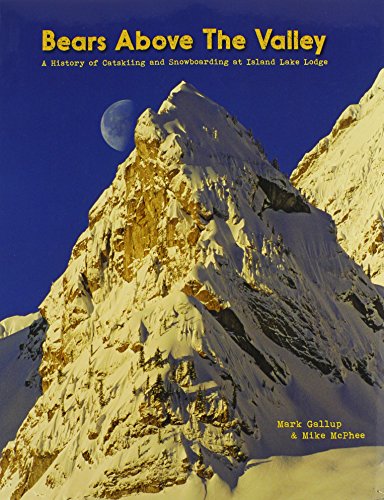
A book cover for Bears Above the Valley: A History of Catskiing and Snowboarding at Island Lake Lodge; Mike McPhee; Sports & Outdoors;